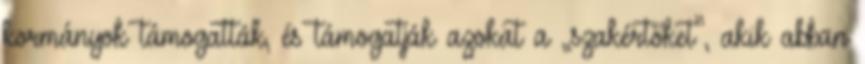
kormányok támogatták, és támogatják azokat a „szakértőket”, akik abban